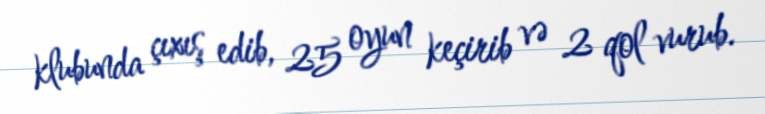
klubunda çıxış edib, 25 oyun keçirib və 2 qol vurub.